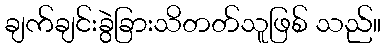
ချက်ချင်းခွဲခြားသိတတ်သူဖြစ် သည်။